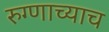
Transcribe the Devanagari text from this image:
रुग्णाच्याच